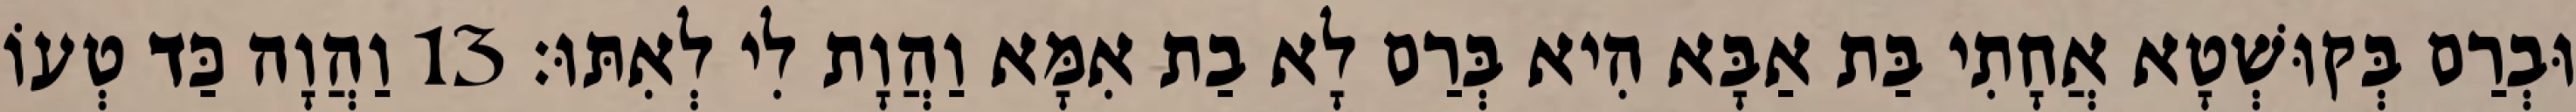
וּבְרַם בְּקוּשְׁטָא אֲחָתִי בַּת אַבָּא הִיא בְּרַם לָא בַת אִמָּא וַהֲוָת לִי לְאִתּוּ׃ 13 וַהֲוָה כַּד טְעוֹ